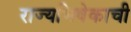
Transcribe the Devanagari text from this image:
राज्यभिषेकाची